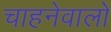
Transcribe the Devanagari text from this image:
चाहनेवालो